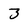
Character: 3